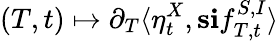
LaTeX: (T,t)\mapsto\partial_{T}\langle\eta_{t}^{X},\mathbf{s}\mathbf{i}f_{T,t}^{S,I}\rangle